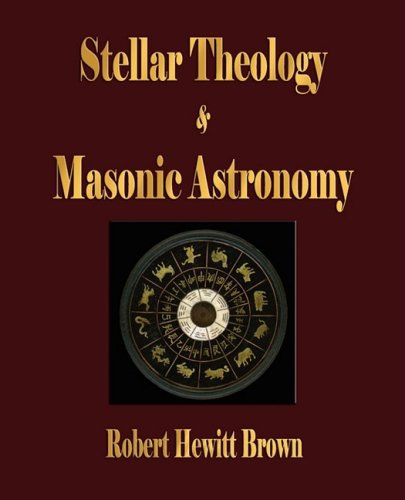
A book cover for Stellar Theology and Masonic Astronomy; Robert Hewitt Brown; Religion & Spirituality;